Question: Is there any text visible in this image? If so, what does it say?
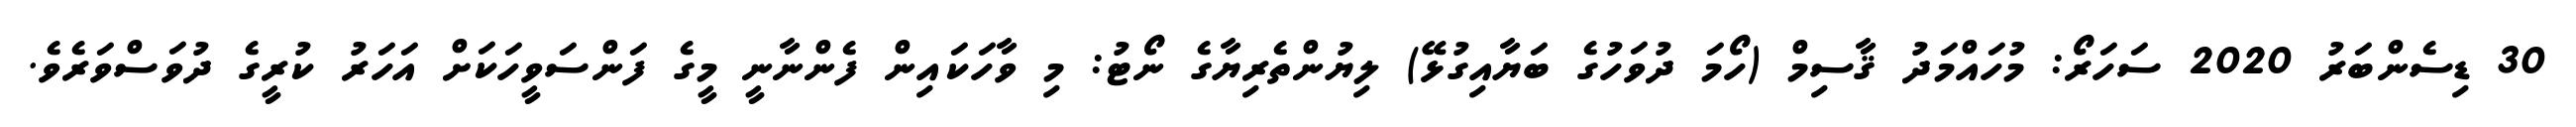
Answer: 30 ޑިސެންބަރު 2020 ސަހަރޯ: މުހައްމަދު ޤާސިމް (ހޯމަ ދުވަހުގެ ބަޔާއިގުޅޭ) ލިޔުންތެރިޔާގެ ނޯޓު: މި ވާހަކައިން ފެންނާނީ މީގެ ފަންސަވީހަކަށް އަހަރު ކުރީގެ ދުވަސްވަރެވެ.